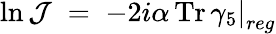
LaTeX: \ln{\mathcal J}\; =\; -2i\left.\alpha\, \mathrm{Tr}\, \gamma_{5}\right|_{reg}